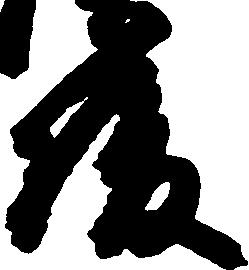
俊